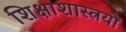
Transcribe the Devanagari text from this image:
शिक्षाशास्त्रयों